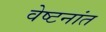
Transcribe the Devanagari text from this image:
वेष्टनांत